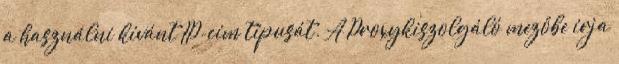
a használni kívánt IP-cím típusát. A Proxykiszolgáló mezőbe írja